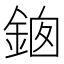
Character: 𨦱